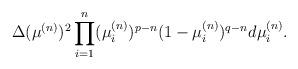
LaTeX: \begin{align*}\Delta(\mu^{(n)})^2 \prod_{i = 1}^n (\mu^{(n)}_i)^{p - n} (1 - \mu^{(n)}_i)^{q - n} d\mu^{(n)}_i.\end{align*}